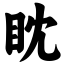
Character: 眈